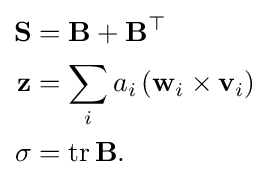
{\begin{aligned}\mathbf {S} &=\mathbf {B} +\mathbf {B} ^{\top }\\\mathbf {z} &=\sum _{i}a_{i}\left(\mathbf {w} _{i}\times \mathbf {v} _{i}\right)\\\sigma &=\operatorname {tr} \mathbf {B} .\end{aligned}}